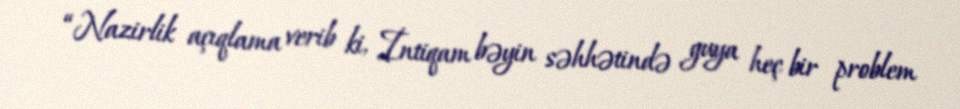
“Nazirlik açıqlama verib ki, İntiqam bəyin səhhətində guya heç bir problem